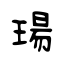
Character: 瑒